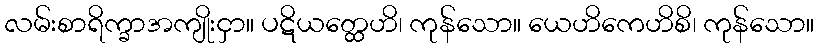
လမ်းစာရိက္ခာအကျိုးငှာ။ ပဋိယတ္ထေဟိ၊ ကုန်သော။ ယေဟိကေဟိစိ၊ ကုန်သော။